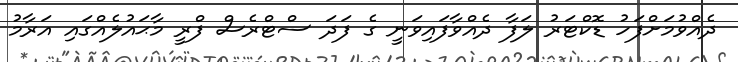
ދެއްވުމަށްފަހު ޑޮކްޓަރު ލަފާ ދެއްވާފައިވަނީ ގެ ފަދަ ސްޓްރެސް ފްރީ މާޙައުލެއްގައި އަރާމު